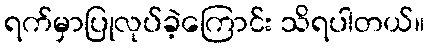
ရက်မှာပြုလုပ်ခဲ့ကြောင်း သိရပါတယ်။